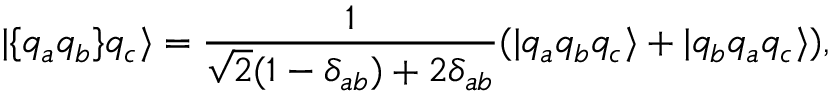
| \{ q _ { a } q _ { b } \} q _ { c } \rangle = \frac { 1 } { \sqrt { 2 } ( 1 - \delta _ { a b } ) + 2 \delta _ { a b } } ( | q _ { a } q _ { b } q _ { c } \rangle + | q _ { b } q _ { a } q _ { c } \rangle ) ,